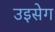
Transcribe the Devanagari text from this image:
उइसेग